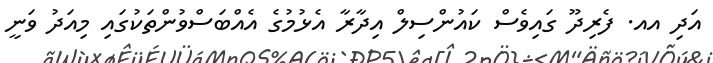
އަދި އއ. ފެރިދޫ ގައިވެސް ކައުންސިލް އިދާރާ އެޅުމުގެ އެއްބަސްވުންތަކުގައި މިއަދު ވަނީ